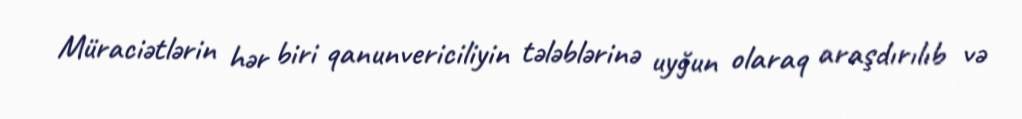
Müraciətlərin hər biri qanunvericiliyin tələblərinə uyğun olaraq araşdırılıb və